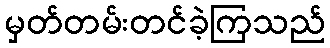
မှတ်တမ်းတင်ခဲ့ကြသည်